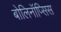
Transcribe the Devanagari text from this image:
बोलिनॉप्सिस